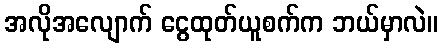
အလိုအလျောက် ငွေထုတ်ယူစက်က ဘယ်မှာလဲ။